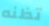
تظنه